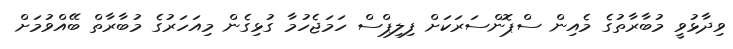
ވިދާޅުވީ މުބާރާތުގެ މެއިން ސްޕޮންސަރަކަށް ފިލިޕްސް ހަމަޖެހުމާ ގުޅިގެން މިއަހަރުގެ މުބާރާތް ބޭއްވުމަށް